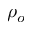
\rho _ { o }